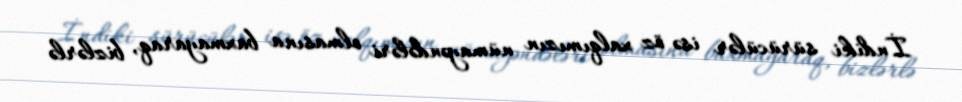
İndiki sürücülər isə öz xalqımızın nümayəndələri olmasına baxmayaraq, bizlərlə